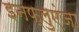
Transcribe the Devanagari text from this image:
इनफ्लुएंज़ा